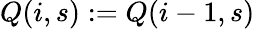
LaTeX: Q(i,s):=Q(i-1,s)